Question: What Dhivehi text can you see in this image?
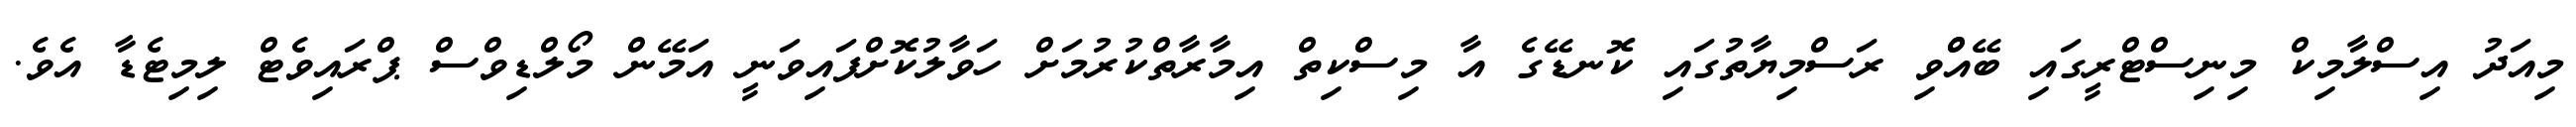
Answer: މިއަދު އިސްލާމިކް މިނިސްޓްރީގައި ބޭއްްވި ރަސްމިޔާތުގައި ކޮނޑޭގެ އާ މިސްކިތް އިމާރާތްކުރުމަށް ހަވާލުކޮށްފައިވަނީ އަމޭން މޯލްޑިވްސް ޕްރައިވެޓް ލިމިޓެޑާ އެވެ.